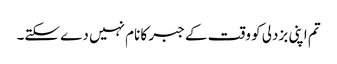
تم اپنی بزدلی کو وقت کے جبر کا نام نہیں دے سکتے۔